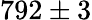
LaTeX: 792\pm 3